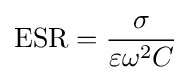
{\text{ESR}}={\frac {\sigma }{\varepsilon \omega ^{2}C}}